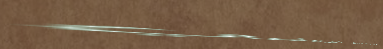
محلات بيع الأحذية الرياضي